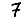
Digit: 7